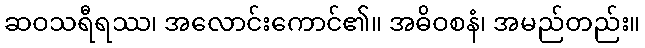
ဆဝသရီရဿ၊ အလောင်းကောင်၏။ အဓိဝစနံ၊ အမည်တည်း။